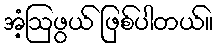
အံ့ဩဖွယ် ဖြစ်ပါတယ်။